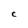
Character: C